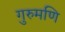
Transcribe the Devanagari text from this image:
गुरुमणि